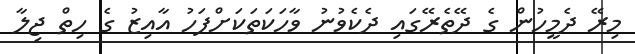
މިރޭ ދެމީހުން ގެ ދޭތެރޭގައި ދެކެވުނު ވާހަކަތަކަށްފަހު އާއިޒު ގެ ހިތް ޖިލާ